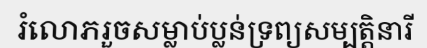
រំលោភរួចសម្លាប់ប្លន់ទ្រព្យសម្បត្តិនារី